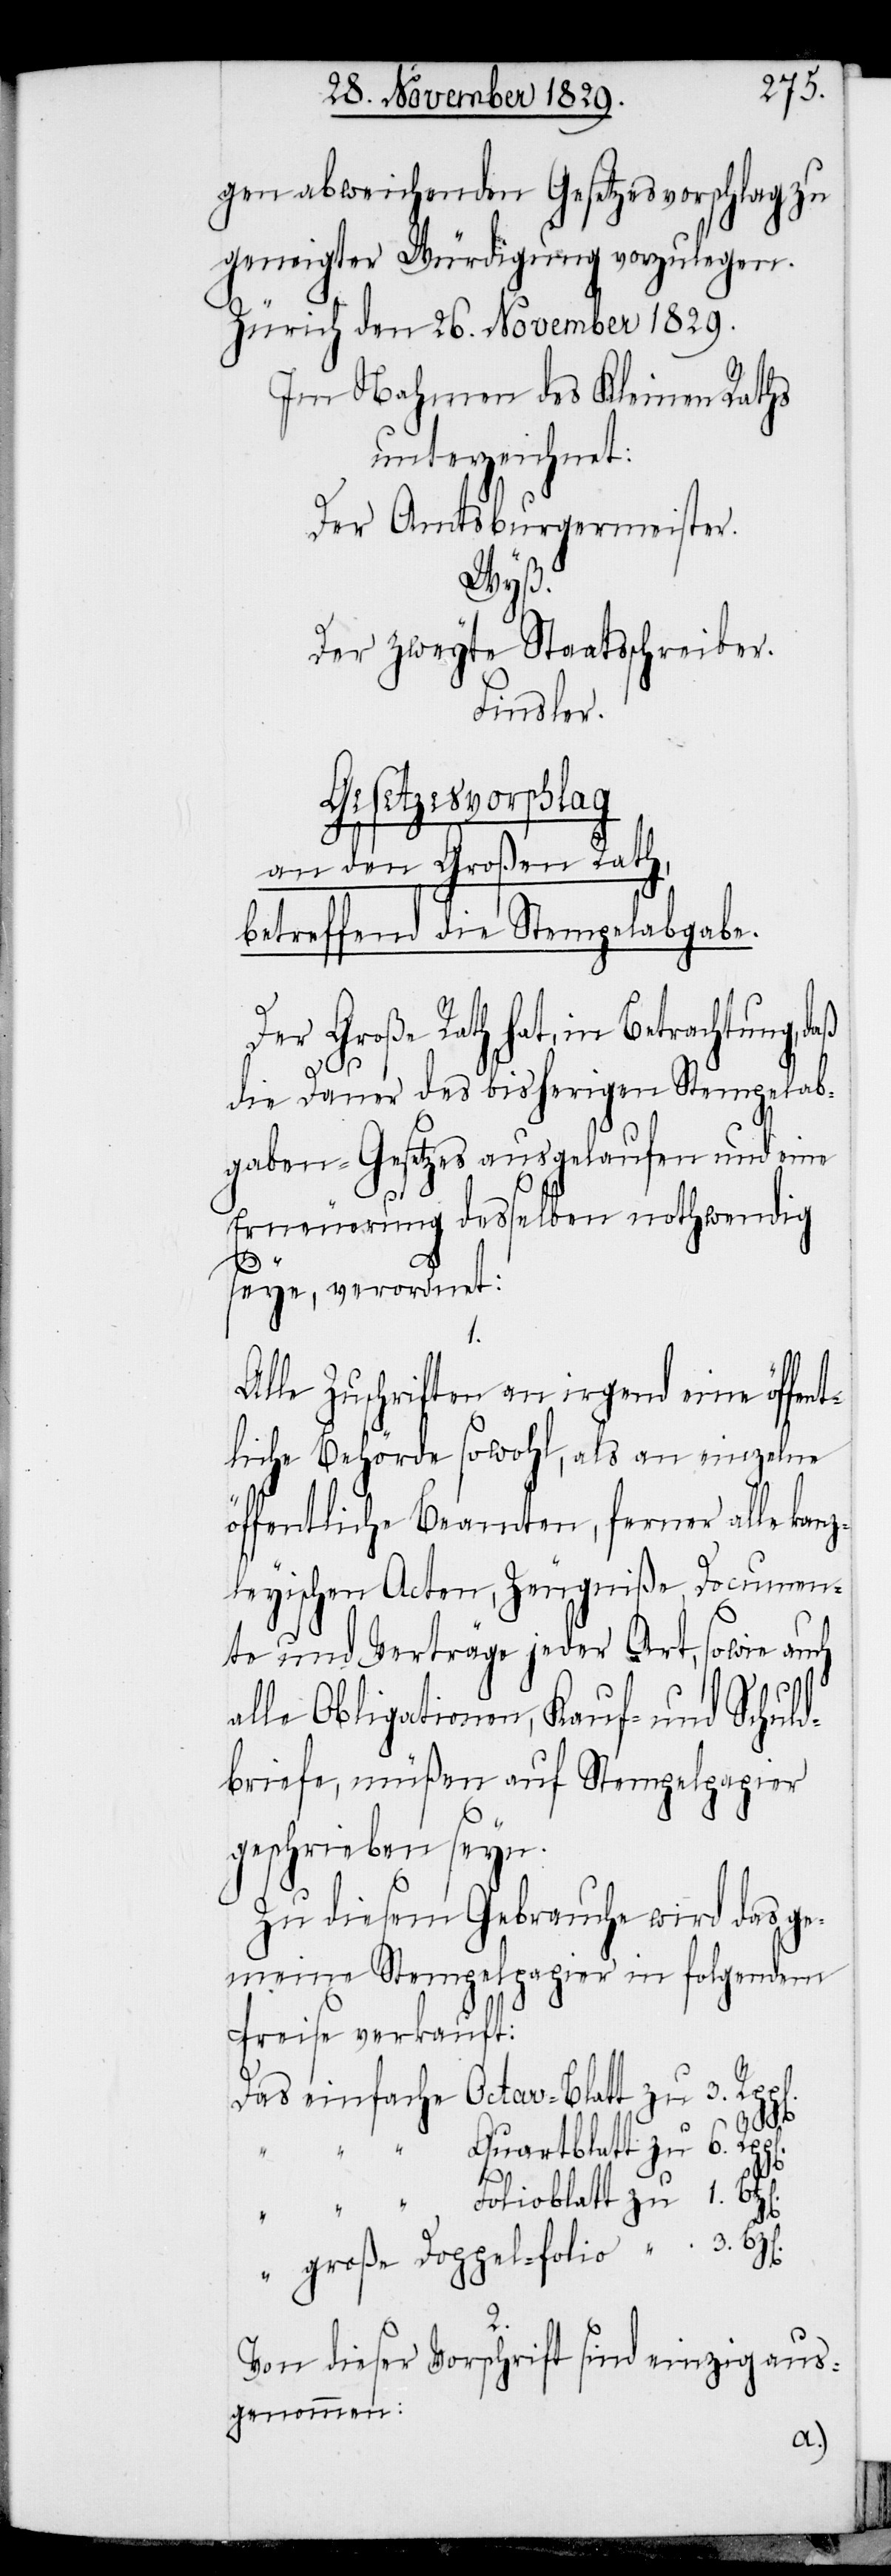
gen abweichenden Gesetzesvorschlag zu
geneigter Würdigung vorzulegen.
Zürich den 26. November 1829.
Im Nahmen des Kleinen Raths
unterzeichnet:
Der Amtsburgermeister.
Wyß.
Der zweyte Staatsschreiber.
Finsler.
Gesetzesvorschlag
an den Großen Rath,
betreffend die Stempelabgabe.
Der Große Rath hat, in Betrachtung, daß
die Dauer des bisherigen Stempelab¬
gaben-Gesetzes ausgelaufen und eine
Erneuerung desselben nothwendig
seye, verordnet:
1.
Alle Zuschriften an irgend eine öffent¬
liche Behörde sowohl, als an einzelne
öffentliche Beamten, ferner alle kanz¬
leyischen Acten, Zeugniße, Documen¬
te und Verträge jeder Art, sowie auch
alle Obligationen, Kauf- und Schuld¬
briefe, müßen auf Stempelpapier
geschrieben seyn.
Zu diesem Gebrauche wird das ge¬
meine Stempelpapier in folgendem
Preise verkauft:
2.
Von dieser Vorschrift sind einzig aus¬
genommen: